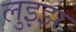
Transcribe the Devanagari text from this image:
लुइझ